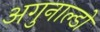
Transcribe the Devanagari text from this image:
अगुनाल्डो